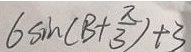
6 \sin ( B + \frac { \pi } { 3 } ) + 3